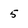
Character: 5